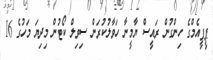
ޕީޕީއެމްގެ ހިންގުން ރައީސް ޔާމީނާ ހަވާލުކުރަން ސިވިލް ކޯޓުން މިދިޔަ މަހުގެ 16